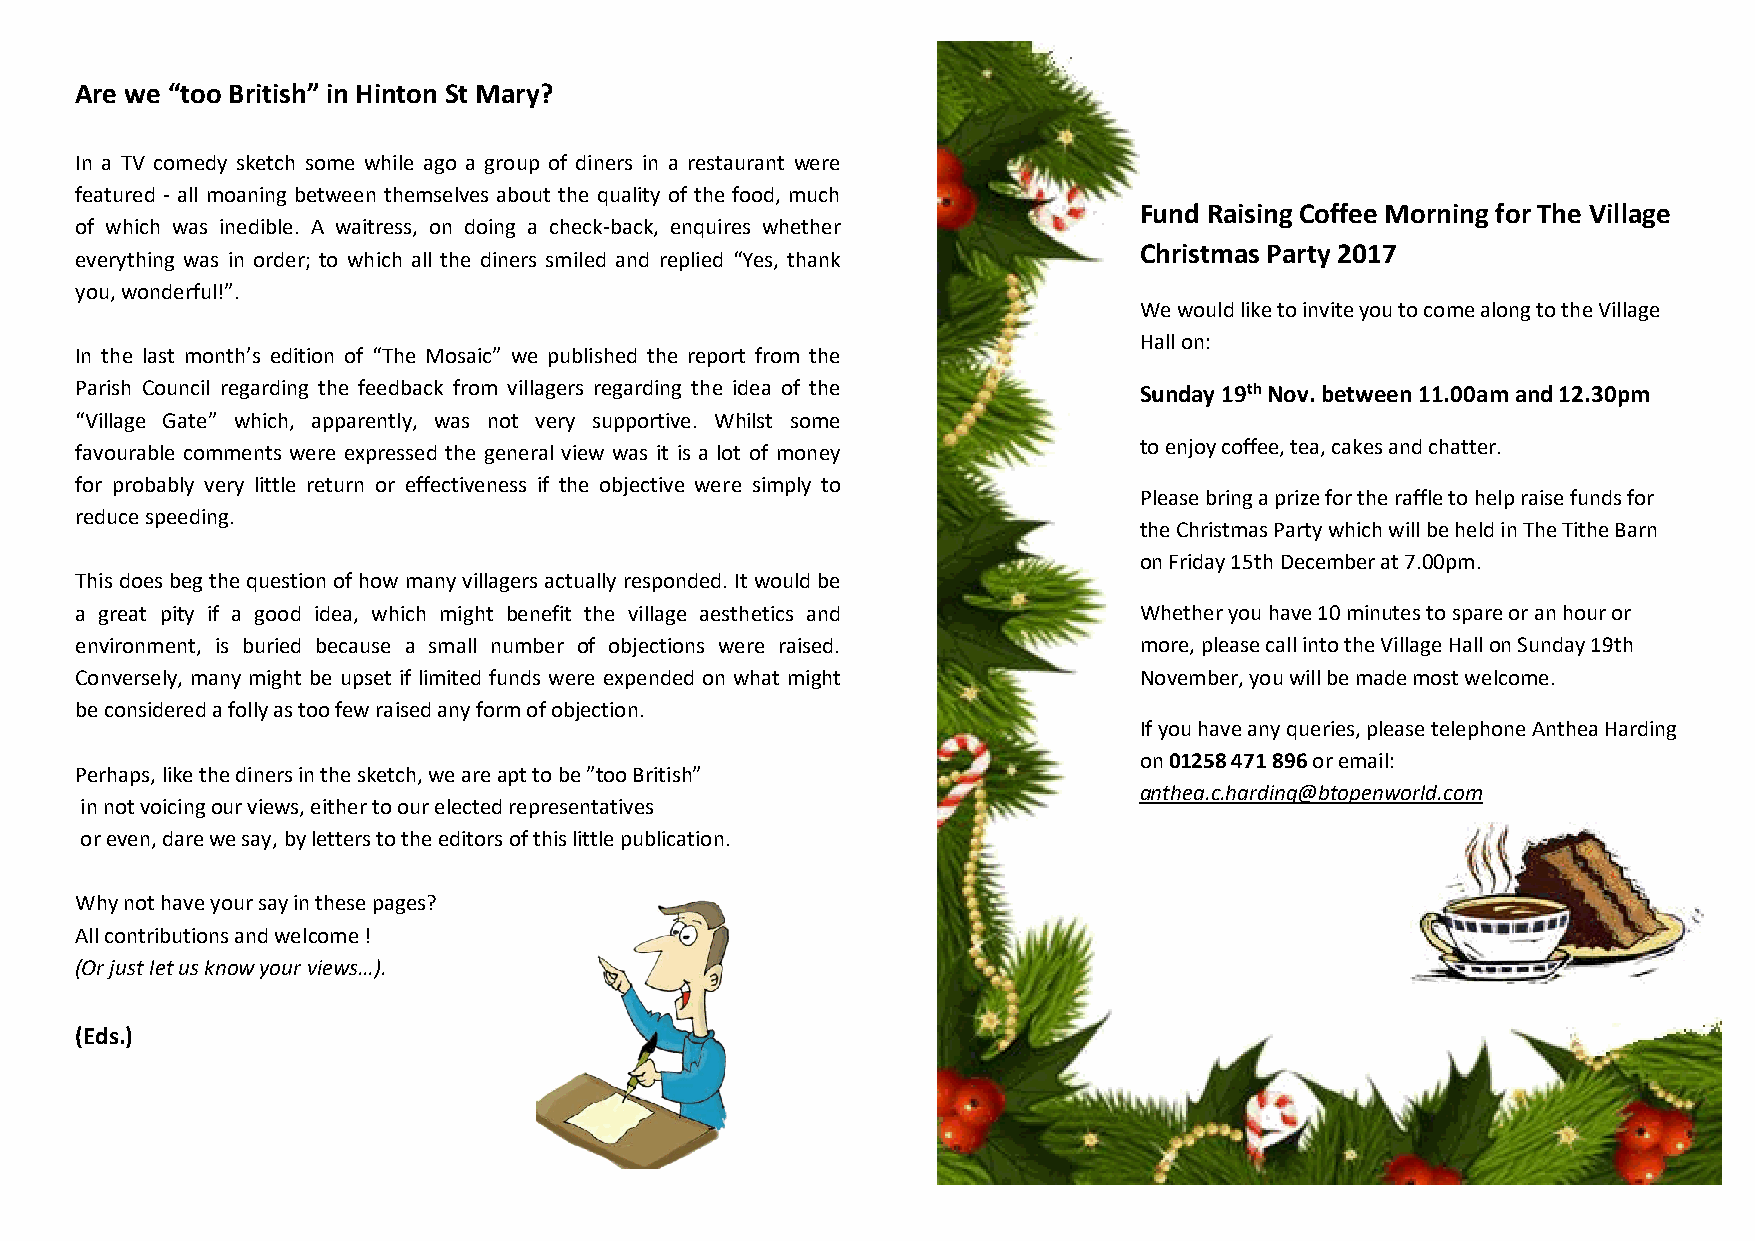
Are we “too British” in Hinton St Mary?
 In a TV comedy sketch some while ago a group of diners in a restaurant were
 featured - all moaning between themselves about the quality of the food, much
 Fund Raising Coffee Morning for The Village
 of which was inedible. A waitress, on doing a check-back, enquires whether
 Christmas Party 2017
 everything was in order; to which all the diners smiled and replied “Yes, thank
 you, wonderful!”.
 We would like to invite you to come along to the Village
 Hall on:
 In the last month’s edition of “The Mosaic” we published the report from the
 Parish Council regarding the feedback from villagers regarding the idea of the Sunday 19th Nov. between 11.00am and 12.30pm
 “Village Gate” which, apparently, was not very supportive. Whilst some
 favourable comments were expressed the general view was it is a lot of money to enjoy coffee, tea, cakes and chatter.
 for probably very little return or effectiveness if the objective were simply to
 Please bring a prize for the raffle to help raise funds for
 reduce speeding.
 the Christmas Party which will be held in The Tithe Barn
 on Friday 15th December at 7.00pm.
 This does beg the question of how many villagers actually responded. It would be
 a great pity if a good idea, which might benefit the village aesthetics and Whether you have 10 minutes to spare or an hour or
 environment, is buried because a small number of objections were raised. more, please call into the Village Hall on Sunday 19th
 Conversely, many might be upset if limited funds were expended on what might November, you will be made most welcome.
 be considered a folly as too few raised any form of objection.
 If you have any queries, please telephone Anthea Harding
 on 01258 471 896 or email:
 Perhaps, like the diners in the sketch, we are apt to be ”too British”
 anthea.c.harding@btopenworld.com
 in not voicing our views, either to our elected representatives
 or even, dare we say, by letters to the editors of this little publication.
 Why not have your say in these pages?
 All contributions and welcome !
 (Or just let us know your views…).
 (Eds.)